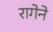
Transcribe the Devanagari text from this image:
रागेने